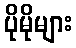
ပိုမိုများ